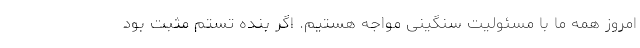
امروز همه ما با مسئولیت سنگینی مواجه هستیم. اگر بنده تستم مثبت بود